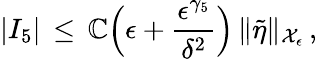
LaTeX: |I_{5}|\, \le\, \mathbb{C}\Bigl(\epsilon+\frac{{\epsilon^{\gamma_{5}}}}{{\delta^{2}}}\Bigr)\, \| \tilde{{\eta}}\| _{\mathcal{{X}}_{\epsilon}}\, ,